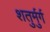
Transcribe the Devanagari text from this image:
शतुर्मुर्ग